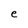
Character: e